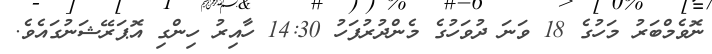
ނޮވެމްބަރު މަހުގެ 18 ވަނަ ދުވަހުގެ މެންދުރުފަހު 14:30 ހާއިރު ހިންގި އޮޕަރޭޝަނުގައެވެ.